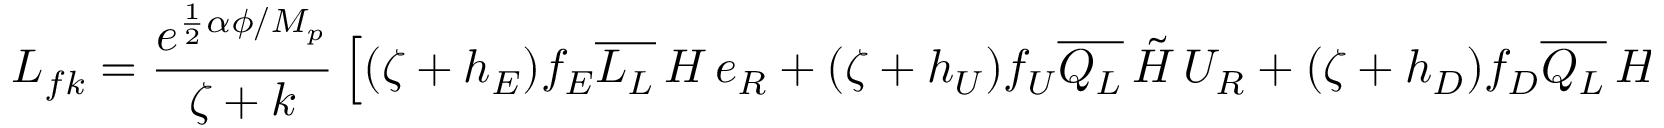
L _ { f k } = \frac { e ^ { \frac { 1 } { 2 } \alpha \phi / M _ { p } } } { \zeta + k } \left[ ( \zeta + h _ { E } ) f _ { E } \overline { { { L _ { L } } } } \, H \, e _ { R } + ( \zeta + h _ { U } ) f _ { U } \overline { { { Q _ { L } } } } \, \tilde { H } \, U _ { R } + ( \zeta + h _ { D } ) f _ { D } \overline { { { Q _ { L } } } } \, H \, D _ { R } + H . c . \right]